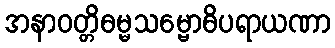
အနာဝတ္တိဓမ္မသမ္ဗောဓိပရာယဏာ